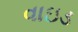
વાઇડ